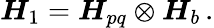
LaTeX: \boldsymbol{H}_{1}=\boldsymbol{H}_{pq}\otimes\boldsymbol{H}_{b}\, .